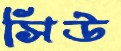
সিউ